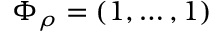
\Phi _ { \rho } = ( 1 , \dots , 1 )